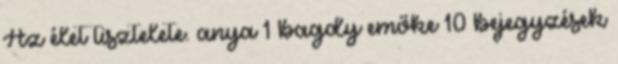
Az élet tisztelete. anya 1 bagdy emőke 10 bejegyzések